Vaccination North-Western Provinces and Oudh 1878-1895 - 1878-1895
Year: 1878
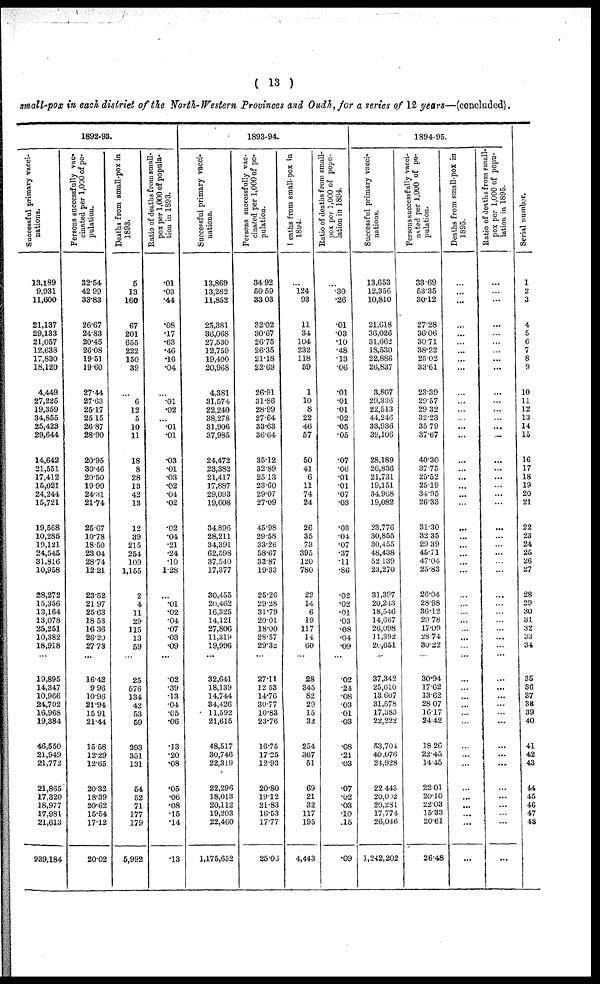
( 13 )
small-pox in each district of the North-Western Provinces and Oudh, for a series of 12 years—(concluded).
1892-93.
Successful primary vacci-
nations.
13,189
9,931
11,600
21,137
29,133
21,057
12,638
17,830
18,120
4,449
27,225
19,359
34,855
25,423
29,644
14,642
21,551
17,412
15,021
24,244
15,721
19,568
10,285
19,121
24,545
31,816
10,958
28,272
15,356
13,164
13,078
25,251
10,382
18,918
19,895
14,347
10,966
24,702
16,968
19,384
46,550
21,949
21,772
21,865
17,320
18,977
17,981
21,613
939,184
Persons successfully vac-
cinated per 1,000 of po-
pulation.
32.54
42.99
33.83
26.67
24.83
20.45
26.08
19.51
19.60
27.44
27.63
25.17
25.15
26.87
28.90
20.95
30.46
20.50
19.90
24.31
21.74
25. 67
10.78
18.50
23.04
28.74
12.21
23.52
21.97
25.63
18.53
16.36
26.20
27.73
16.42
9.96
10.96
21.94
15.91
21.44
15.58
12.29
12.65
20.32
18.39
20.62
15.54
17.12
20.02
Deaths from small-pox in
1893.
5
13
160
67
201
655
222
150
39
...
6
12
5
10
11
18
8
28
13
42
13
12
39
215
254
109
1,155
2
4
11
29
115
13
59
25
576
134
42
53
59
393
351
131
54
52
71
177
179
5,992
Ratio of deaths from small-
pox per 1,000 of popula-
tion in 1893.
.01
.03
.44
.08
.17
.63
.46
.16
.04
...
.01
.02
...
.01
.01
.03
.01
.03
.02
.04
.02
.02
.04
.21
.24
.10
1.28
...
.01
.02
.04
.07
.03
.09
02
.39
.13
.04
.05
.06
.13
.20
.08
.05
.06
.08
.15
.14
.13
1893-94.
Successful primary vacci-
nations.
13,869
13,282
11,852
25,381
36,068
27,530
12,759
19,400
20,968
4,381
31,574
22,240
38,278
31,906
37,985
24,472
23,382
21,417
17,887
29,093
19,608
34,896
28,211
34,391
62,598
37,540
17,377
30,455
20,462
16,325
14,121
27,806
11,319
19,996
32,641
18,139
14,744
34,426
11,592
21,615
48,517
30,746
22,319
22,296
18,013
20,112
19,203
22,460
1,175,652
Persons successfully vac-
cinated per 1,000 of po-
pulation.
34.92
50.59
33.03
32.02
30.67
26.75
26.35
21.18
22.69
26.91
31.86
28.99
27.64
33.63
36.64
35.12
32.89
25.13
23.60
29.07
27.09
45.98
29.58
33.26
58.67
33.87
19.33
25.26
29.28
31.79
20.01
18.00
28.57
29.32
27.11
12.53
14.76
30.77
10.83
23.76
16.75
17.25
12.93
20.80
19.12
21.83
16.53
17.77
25.06
deaths from small-pox in
1894.
...
124
93
11
34
104
232
118
59
1
10
8
22
46
57
50
41
6
11
74
24
26
35
73
395
120
780
22
14
6
19
117
14
60
28
345
82
29
15
32
254
367
51
69
21
32
117
195
4,443
Ratio of deaths from small-
pox per 1,000 of popu¬
lation in 1894.
...
.30
.26
.01
.03
.10
.48
.13
.06
.01
.01
.01
.02
.05
.05
.07
.06
.01
.01
.07
.03
.03
.04
.07
.37
.11
.86
.02
.02
.01
.03
.08
.04
.09
.02
.24
.08
.03
.01
.03
.08
.21
.03
.07
.02
.03
.10
.15
.09
1894-95.
Successful primary vacci-
nations.
13,653
12,356
10,810
21,618
36,026
31,662
18,530
22,886
26,837
3,807
29,336
22,513
44,246
33,936
39,106
28,189
26,836
21,731
19,151
34,968
19,082
23,776
30,855
30,455
48,438
52,139
23,270
31,397
20,243
18,546
14,667
26,098
11,392
21,651
37,342
25,610
13,607
31,578
17,383
22,222
53,704
40,076
24,928
22.443
20,002
20,281
17,774
26,046
1,242,202
Persons successfully vacci-
nated per 1,000 of po-
pulation.
33.69
53.35
30.12
27.28
36.06
30.71
38.22
25.02
33.61
23.39
29.57
29.32
32.23
35.79
37.67
40.30
37.75
25.52
25.19
34.95
26.33
31.30
32.35
29.39
45.71
47.04
25.83
26.04
28.98
36.12
20.78
17.09
28.74
30.22
30.94
17.62
13.62
28.07
16.17
24.42
18.26
22.45
14.45
22.01
20.10
22.03
15.33
20.61
26.48
Deaths from small-pox in
1895.
...
...
...
...
...
...
...
...
...
...
...
...
...
...
...
...
...
...
...
...
...
...
...
...
...
...
...
...
...
...
...
...
...
...
...
...
...
...
...
...
...
...
...
...
...
...
...
...
...
Ratio of deaths from small¬
pox per 1,000 of popu-
lation in 1895.
...
...
...
...
...
...
...
...
...
...
...
...
...
...
...
...
...
...
...
...
...
...
...
...
...
...
...
...
...
...
...
...
...
...
...
...
...
...
...
...
...
...
...
...
...
...
...
...
...
Serial number.
1
2
3
4
5
6
7
8
9
10
11
12
13
14
15
16
17
18
19
20
21
22
23
24
25
26
27
28
29
30
31
32
33
34
35
36
37
38
39
40
41
42
43
44
45
46
47
48